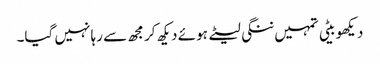
دیکھو بیٹی تمہیں ننگی لیٹے ہوئے دیکھ کر مجھ سے رہا نہیں گیا۔